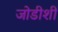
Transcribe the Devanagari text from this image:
जोडीशी